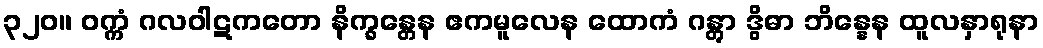
၃၂၀။ ဝက္ကံ ဂလဝါဋကတော နိက္ခန္တေန ဧကမူလေန ထောကံ ဂန္တွာ ဒွိဓာ ဘိန္နေန ထူလနှာရုနာ